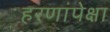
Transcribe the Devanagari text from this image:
हरणांपेक्षा